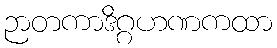
ဉာတကာဒိဂ္ဂဟဏကထာ